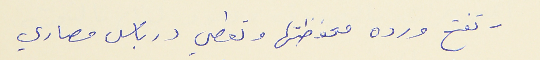
- تفتح ورده محفظتها وتعطي درباس مصاري